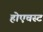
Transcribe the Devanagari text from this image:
होएचस्ट